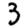
Digit: 3